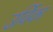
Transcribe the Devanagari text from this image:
उर्विका